Vaccination in Bombay 1874-1876 - 1874-1876
Year: 1874
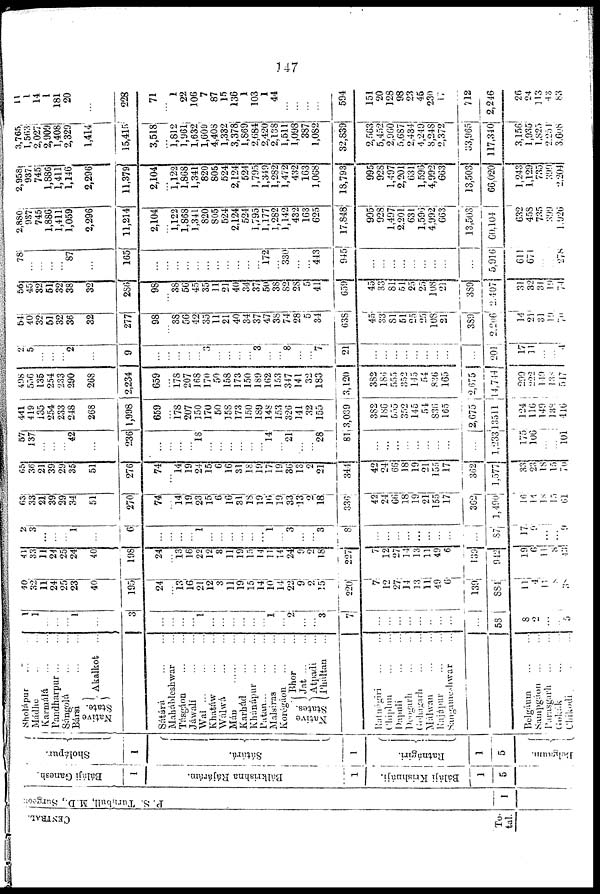
147
CENTRAL.
To-
tal.
P. S. Turnbull, M.D., Surgeon
1
Báláji Ganesh.
1
Bálkrishna Rájárám.
1
Báláji Krishuáji.
1
5
Sholápur.
1
Sátárá.
1
Ratnágiri.
1
5
Belgaum.
Sholápur
... ...
Mádhe ... ...
Karmálá
...
...
Pandharpur
...
...
Sángolá ... ...
Bársi
...
...
Native
State.
Akalkot ...
Sátárá
...
...
Mahábleshwar ...
Tásgáon
...
...
Jáwalí ... ...
Waì ... ... ...
Khatáw ... ...
Wálvá
...
...
Mán ...... ...
Karhád ... ...
Khánápur
...
...
Patan... ... ...
Malsiras
...
...
Korégáon
...
...
Native
States.
Bhor ...
Jat ... ...
Atpadi
Pháltan
...
Ratnágiri
...
...
Chiplun ... ...
Dapuli
...
...
Deogarh ... ...
Gohagarh ... ...
Málwan
...
...
Rajápur ... ...
Sangameshwar ...
Belgáum ... ...
Sampgáon ...
Parasgarh
...
...
Gokák ... ...
Chikodi... ...
1
1
...
...
... 1
...
3
...
...
...
... 1
...
...
...
...
... ...
1
...
2
...
...
3
7
...
...
...
...
...
...
...
...
...
58
8
2
...
...
5
40
32
11
24
25
23
40
195
24
... 13
16
21
12
3
11
19
15
14
10
14
22
9
2
15
220
7
12
27
14
13
11
49
6
139
884
11
4
11 8
38
41
33
11
24
25
24
40
198
24
... 13
16
22
12
3
11
19
15
14
11
14
24
9
2
18
227
7
12
27
14
13
11
49
6
139
942
19
6
11
8
43
2
3
...
...
... 1
... 6
...
...
...
... 1
...
...
...
...
...
... 1
... 3
...
... 3
8
...
...
...
...
...
...
...
...
...
87
17
9
...
...
9
63
33
21
39
29
34
51
270
74
... 14
19
23
15
6
16
31
18
19
16
19
33
13
2
18
336
42
24
66
18
19
21
155
17
362
1,490
16
14
18
15
61
65
36
21
39
29
35
51
276
74
... 14
19
24
15
6
16
31
18
19
17
19
36
13
2
21
344
42
24
66
18
19
21
155
17
362
1,577
33
23
18
15
70
57
137
...
...
... 42
...
236
...
...
...
... 18
...
...
...
...
...
... 14
...
21
...
... 28
81
...
...
...
...
...
...
...
...
...
1,233
175
106
...
...
101
441
419
135
254
233
248
268
1,998
659
... 178
207
150
170
50
158
173
150
189
148
153
326
141
32
155
3,039
382
186
555
352
145
54
836
165
2,675
13511
124
116
149
138
446
498
556
135
254
233
290
268
2,234
659
... 178
207
168
170
50
158
173
150
189
162
153
347
141
32
183
3,120
382
186
555
352
145
54
836
165
2, 675
14,744
299
222
149
138
547
2
5
...
...
... 2
...
9
...
...
...
... ...
3
...
...
...
... 3
...
... 8
... ...
7
21
...
... ...
...
...
...
... ...
...
201
17
11
...
... 4
54
40
32
51
32
36
32
277
98
... 38
56
42
35
11
21
40
34
37
47
38
74
28
5
34
638
45
33
81
51
25
25
108
21
389
2,206
14
21
31
19
70
56
45
32
51
32
38
32
286
98
... 38
56
45
35
11
21
40
34
37
50
38
82
28
5
41
659
45
33
81
51
25
25
108
21
389
2,407
31
32
31
19
74
78
... ...
...
... 87
...
165
...
...
...
...
...
...
...
...
...
...
... 172
... 330
...
... 443
945
...
... ...
...
...
...
...
...
...
5,916
611
671
...
... 278
2,880
937
745
1,886
1,411
1,059
2,296
11,214
2,104
... 1,122
1,868
1,341
820
805
524
2,124
524
1,795
1,177
1,282
1,142
432
163
625
17,848
995
928
1,497
2,201
631
1,596
4,992
663
13,503
60,104
632
458
735
399
1,926
2,958
937
745
1,886
1,411
1,146
2,296
11,379
2,104
... 1,122
1,868
1,341
820
805
524
2,124
524
1,795
1,349
1,282
1,472
432
163
1,068
18,793
995
928
1,497
2,201
631
1,596
4,992
663
13,503
66,020
1,243
1,129
735
399
2,204
3,765
1,563
2,027
2,909
1,408
2,329
1,414
15,415
3,518
...
1,812
1,961
1,632
1,609
4,408
1,332
3,378
1,869
2,684
2,420
2,138
1,511
1,098
387
1,082
32,839
2,563
5,452
2,960
5,687
2,434
4,249
8,248
2,372
33,965
117,340
3,156
1,935
1,825
2,254
3,608
11
1
14
1
181
20
...
228
71
... 1
22
106
7
87
15
136
1
103
1
44
...
...
...
...
594
151
20
128
98
23
45
230
17
712
2,246
26
24
113
43
83